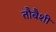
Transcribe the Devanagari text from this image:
तौबैशी